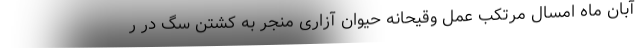
آبان ماه امسال مرتکب عمل وقیحانه حیوان آزاری منجر به کشتن سگ در ر